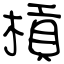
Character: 槓